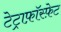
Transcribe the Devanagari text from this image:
टेट्राफ़ॉस्फ़ेट